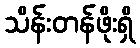
သိန်းတန်ဖိုးရှိ